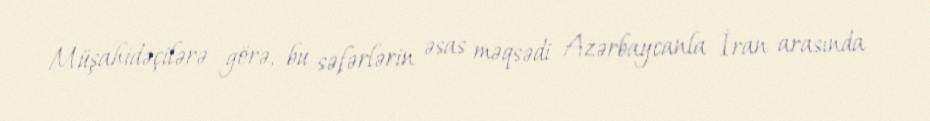
Müşahidəçilərə görə, bu səfərlərin əsas məqsədi Azərbaycanla İran arasında